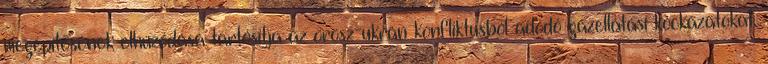
megépítésének elhúzódása tartósítja az orosz-ukrán konfliktusból adódó gázellátási kockázatokat.